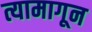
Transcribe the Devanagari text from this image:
त्यामागून